Annual report on the working of the lock hospitals in the North-Western Provinces and Oudh
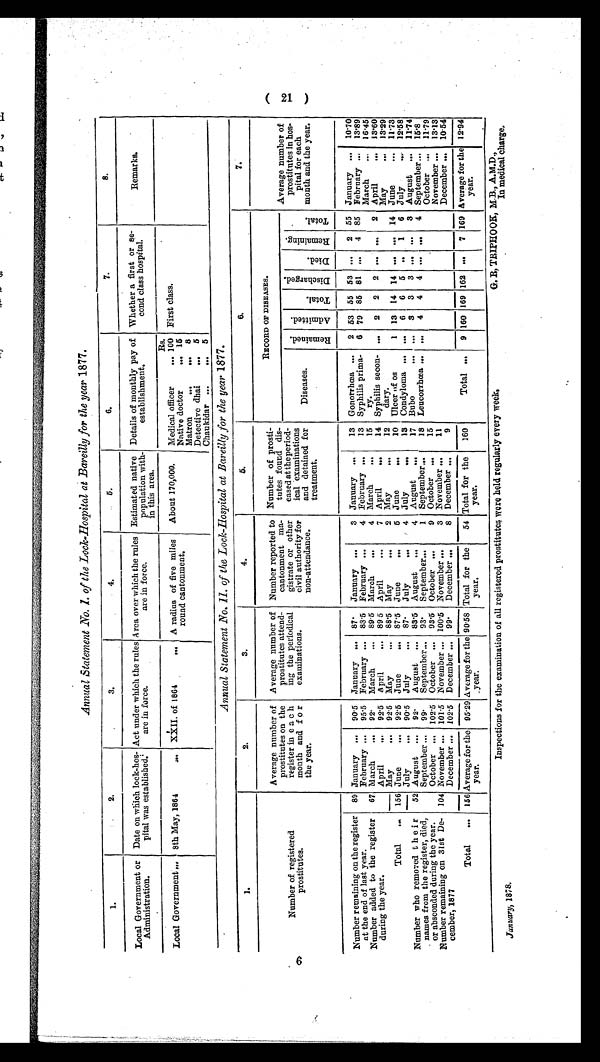
Annual Statement No. I. of the Lock-Hospital at Bareilly for the year 1877.
1.
2.
3 .
4.
5.
6.
7.
8.
Local Government or
Administration
.
Date on which lock-hos-
pital was established.
Act under which the rules
are in force.
Area over which the rules
are in force.
Estimated native
population with-
in this area.
Details of monthly pay of
establishment.
Whether a first or se-
cond class hospital.
Remarks.
Local Government,.. 8th May, 1864
.i..
t
XXII. of 1864
... A radius of five miles
round cantonment.
About 170,000.
Rs.
First class.
Medical officer
... 100
Native doctor
.4 15
Matron
..
048 a
Detective dhai
... 5
Ohaukidar ...
... 5
Annual Statement No. IL of Me Lock-hospital at Bareilly for the year 1877.
1.
2.
3.
4.
5.
6.
7.
Number of registered
n
prostitutes.
Average number of
prostitutes on the
register in e a c h
month and f o r
the year.
Average number of
prostitutes attend-
ing the periodical
examinations.
Number reported to
cantonment ma-
gistrate or other
civil authority for
non-attendance.
Number of prosti-
tutes found dis-
eased attheperiod-
ical 'examinations
and detained for
treatment.
or
REcoRD DISEASES .
Average number of
prostitutes in hos-
pital for each
month and the year.
Diseases.
rd e., c:
a
Q. )
C4
,.,3 w
....,
..
a rc
<4
•
72 0
E.4
Tr; Q. ,
be ...
.2
c.,
--.
A
•
T, ••-(
A
.c
.,-t
9
PI
73
0
g
_
...7
0
E..,
Number remaining on the register
at the end of last year.
89 January ... 90.5 January ... 87' January ...
3 January ..•
13 Gonorrhoea ..,
2 53 55 53 .., 2 55 January ... 1010
February ... 95.5 February ... 88.5 February ...
4 February ...
13 Syphilis prima- 6 79 85 81 ... 4 85 February .., 13'89
Number added to the register
during the year.
67
---
March
... 92. March
... 89.5 March
...
4 March
,..
15
ry.
March
.., 16.45
April
... 92.5 April
... 89 5 April
•••
7 April
4,,
14 Syphilis seem- ... 2 2 2 ... ...
2 April
... 13'60
May
... 92.5 May
,.. 88'5 May
•••
2 May
I.
12
dary.
May
... 13'29
Total
... 156 June
... 92.5 June
... 87'5 June
O.
6 June
004
10 Ulcer of os
1 13 14 14 ... ... 14 June
... 1113
July
... 90-5 July
... 87' July
... ' 4 July
MD
13 Condyloma ...
6I 6 5 ..
1 6 July
... 12.58
Number who removed t h e i r
names from the register, died,
or absconded during the year.
-
52 August ... 92' August ... 83.5 August ...
4 August ...
17 Bubo
... ... 3 3 3 ... ... 3 August ... 1114
September ... 99'
September... 93' September,..
1 September,..
Is Leucorrhrea ... ... 4 4 4 ... ... 4 September... 15.8
104
-
October ... 102'5 October ... 93.5 October ...
9 October ...
15
October ... 11.79
Number remaining on 31st De-
cember, 1877
November ... 101-5 November ... 100'5 November ...
3 November .,,
11
November ... 13'13
December ...
- -
102.5 December ... 99'
December ,,,
8 December ..,
9
- -
-
December ... 10.54
Total
... 156 Average for the
year.
9529 A.verage for the
_year.
-
9058 1Total for the
year.
-
54
-
Total for the
year.
160
Total ..,
9 160 169 162 ... 7 169 Average for the
year.
1294
January, 1878.
Inspections for the examination of all registered prostitutes were held regularly every week.
G. R, TRIPHOOK, M•B., A.M.D.,
In medical charge,